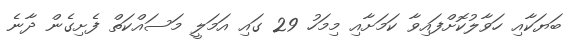
ބަޔަކާއި ހަވާލުކޮށްފައިވާ ކަމަށާއި މިމަހު 29 ގައި އަމަލީ މަސައްކަތް ފެށިގެން ދާނެ